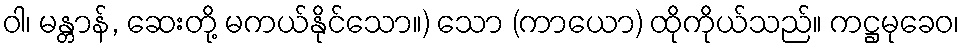
ဝါ၊ မန္တာန်, ဆေးတို့ မကယ်နိုင်သော။) သော (ကာယော) ထိုကိုယ်သည်။ ကဋ္ဌမုခေဝ၊